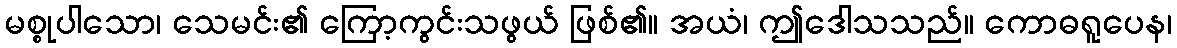
မစ္စုပါသော၊ သေမင်း၏ ကြော့ကွင်းသဖွယ် ဖြစ်၏။ အယံ၊ ဤဒေါသသည်။ ကောဓရူပေန၊